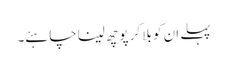
پہلے ان کو بلا کر پوچھ لینا چاہئے۔